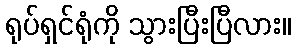
ရုပ်ရှင်ရုံကို သွားပြီးပြီလား။